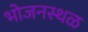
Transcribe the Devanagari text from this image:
भोजनस्थळ